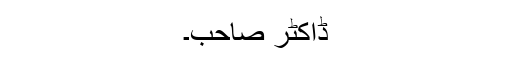
ڈاکٹر صاحب۔